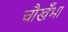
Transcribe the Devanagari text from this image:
चौखँभा